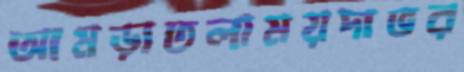
আমড়াতলাময়দাভর